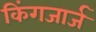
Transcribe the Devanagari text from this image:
किंगजार्ज